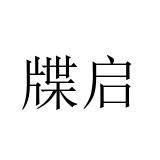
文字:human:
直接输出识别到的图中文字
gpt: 牒启